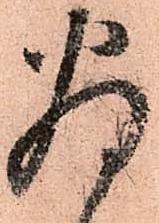
為